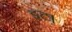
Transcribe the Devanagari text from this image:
इट।